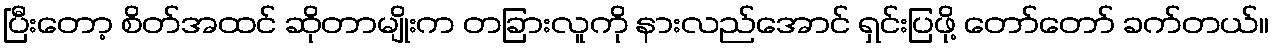
ပြီးတော့ စိတ်အထင် ဆိုတာမျိုးက တခြားလူကို နားလည်အောင် ရှင်းပြဖို့ တော်တော် ခက်တယ်။